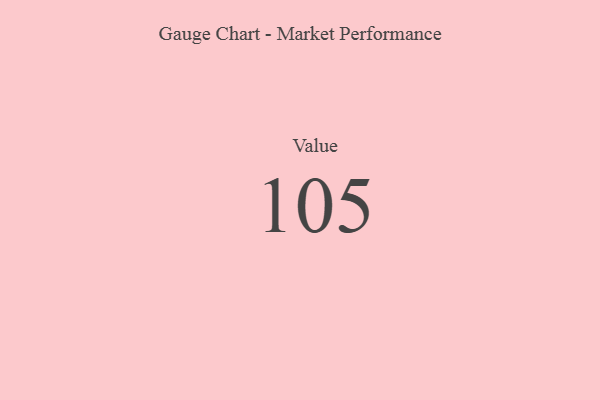
{"axis": {"x": "Metric", "y": "Value"}, "legend": [""], "data": [{"x": "Value", "y": 105, "type": ""}]}